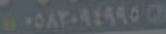
١٠٥٨٣٠٩٤٩٩٥٥